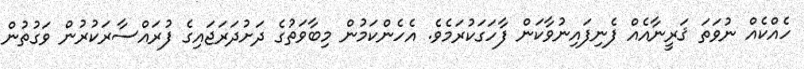
ހެއްކެއް ނުވަތަ ޤަރީނާއެއް ފެނިފައިނުވާކަން ފާހަގަކުރަމެވެ. އެހެންކަމުން މިބާވަތުގެ ދަށުދަރަޖައިގެ ފުރައްސާރަކުރުން ވަގުތުން